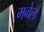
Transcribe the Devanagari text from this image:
मनेल